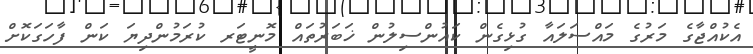
އެކުއްޖާގެ މަރުގެ މައްސަލައާ ގުޅިގެން ކައުންސިލުން ޚަބަރުތައް މޮނީޓަރ ކުރަމުންދިޔަ ކަން ފާހަގަކޮށް